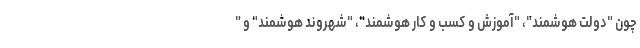
چون "دولت هوشمند"، "آموزش و کسب و کار هوشمند"، "شهروند هوشمند" و "